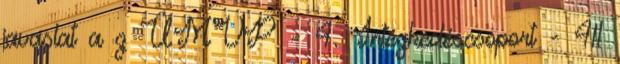
javaslat a z ÚMVP - 4. Intézkedéscsoport - 411